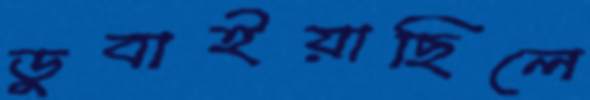
ডুবাইয়াছিলে